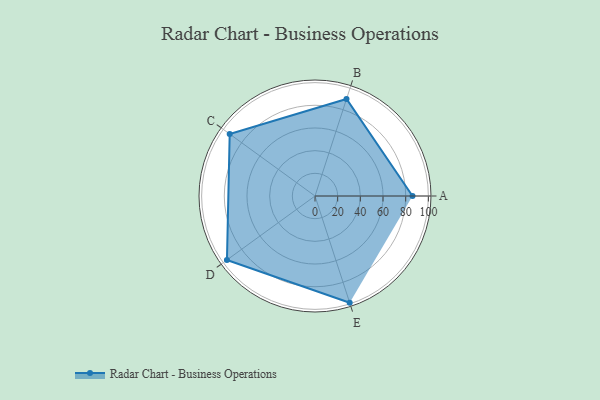
{"axis": {"x": "Skill", "y": "Score"}, "legend": ["Profile"], "data": [{"x": "A", "y": 86.0, "type": "Profile"}, {"x": "B", "y": 90.0, "type": "Profile"}, {"x": "C", "y": 93.0, "type": "Profile"}, {"x": "D", "y": 96.0, "type": "Profile"}, {"x": "E", "y": 99.0, "type": "Profile"}]}